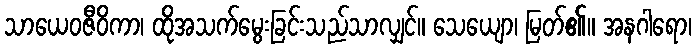
သာယေဝဇီဝိကာ၊ ထိုအသက်မွေးခြင်းသည်သာလျှင်။ သေယျော၊ မြတ်၏။ အနဂါရော၊